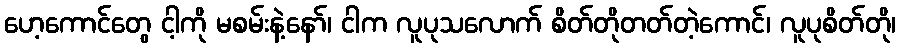
ဟေ့ကောင်တွေ ငါ့ကို မစမ်းနဲ့နော်၊ ငါက လူပုသလောက် စိတ်တိုတတ်တဲ့ကောင်၊ လူပုစိတ်တို၊